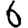
Digit: 6